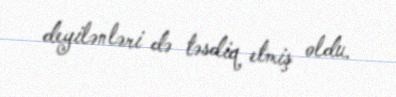
deyilənləri də təsdiq etmiş oldu.